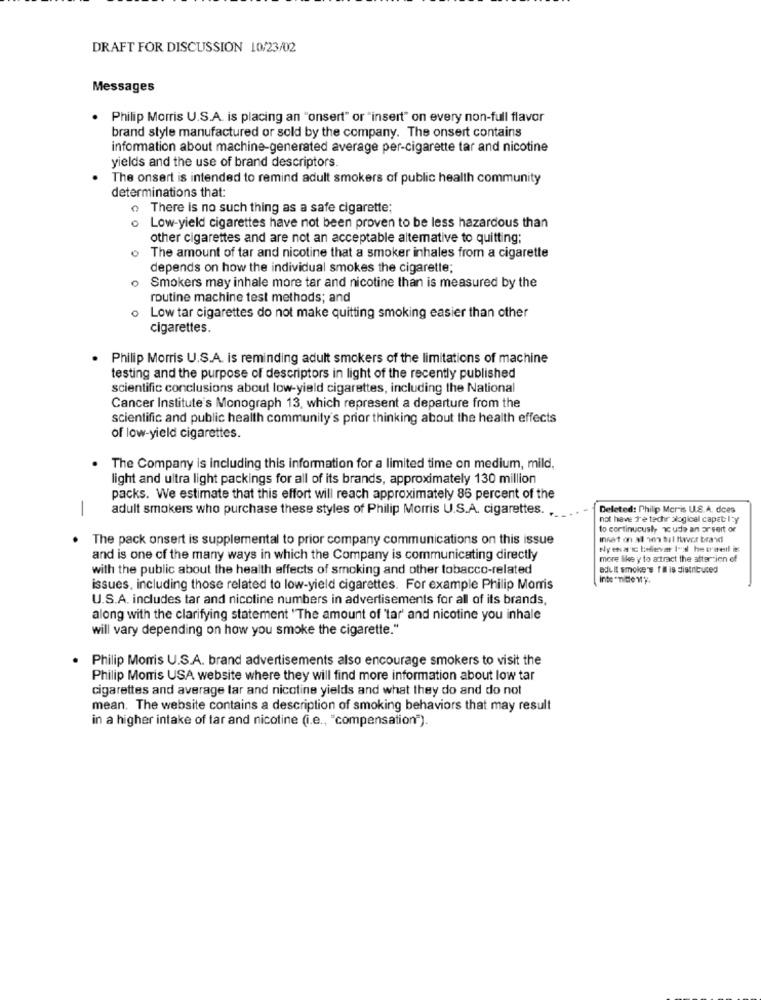
DRAFT FOR DISCUSSION 10/23/02
Messages
. Philip Morris U.S.A. is placing an "onsert" or "insert" on every non-full flavor
brand style manufactured or sold by the company. The onsert contains
information about machine-generated average per-cigarette tar and nicotine
yields and the use of brand descriptors.
The onsert is intended to remind adult smokers of public health community
determinations that:
There is no such thing as a safe cigarette;
. Low-yield cigarettes have not been proven to be less hazardous than
other cigarettes and are not an acceptable altemative to quitting;
o The amount of tar and nicotine that a smoker inhales from a cigarette
depends on how the individual smokes the cigarette;
0
Smokers may inhale more tar and nicotine than is measured by the
routine machine test methods; and
o Low tar cigarettes do not make quitting smoking easier than other
cigarettes.
. Philip Morris U.S.A. is reminding adult smokers of the limitations of machine
testing and the purpose of descriptors in light of the recently published
scientific conclusions about low-yield cigarettes, including the National
Cancer Institute's Monograph 13, which represent a departure from the
scientific and public health community's prior thinking about the health effects
of low-yield cigarettes.
. The Company is including this information for a limited time on medium, mild,
light and ultra light packings for all of its brands, approximately 130 million
packs. We estimate that this effort will reach approximately 86 percent of the
-
adult smokers who purchase these styles of Philip Morris U.S.A. cigarettes.
Deleted: Philip Morris U.S.A. does
not have 1'e techr alogical capet Ity
to cortinucusly ac ude an ar sert or
The pack onsert is supplemental to prior company communications on this issue
insat on al mo tul flavor brand
and is one of the many ways in which the Company is communicating directly
more like y to attract the attarzien of
with the public about the health effects of smoking and other tobacco-related
adult smoke's fil is distributed
issues, including those related to low-yield cigarettes. For example Philip Morris
U.S.A. includes tar and nicotine numbers in advertisements for all of its brands,
along with the clarifying statement "The amount of 'tar' and nicotine you inhale
will vary depending on how you smoke the cigarette."
Philip Morris U.S.A. brand advertisements also encourage smokers to visit the
Philip Morris USA website where they will find more information about low tar
cigarettes and average lar and nicotine yields and what they do and do not
mean. The website contains a description of smoking behaviors that may result
in a higher intake of tar and nicotine (i.e ., "compensation").